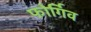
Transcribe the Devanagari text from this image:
फोर्गिव